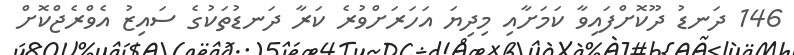
146 ދަނޑު ދޫކޮށްފައިވާ ކަމަށާއި މިދިޔަ އަހަރަށްވުރެ ކަރާ ދަނޑުތަކުގެ ސައިޒު އެވްރެޖްކޮށް